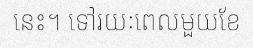
នេះ។ ទៅរយៈពេលមួយខែ